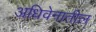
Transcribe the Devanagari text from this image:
अधिवेनातील